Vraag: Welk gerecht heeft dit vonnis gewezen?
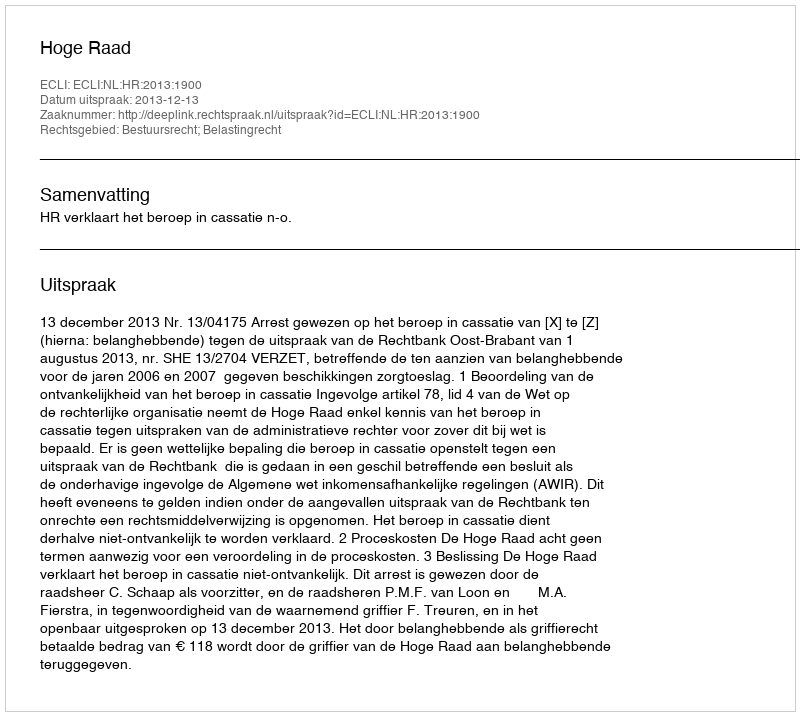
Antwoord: Hoge Raad